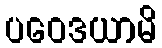
ပဝေဒယာမိ